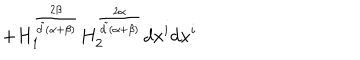
LaTeX: + H _ { 1 } ^ { \frac { 2 \beta } { { \tilde { d } } ( \alpha + \beta ) } } H _ { 2 } ^ { \frac { 2 \alpha } { { \tilde { d } } ( \alpha + \beta ) } } d x ^ { i } d x ^ { i }